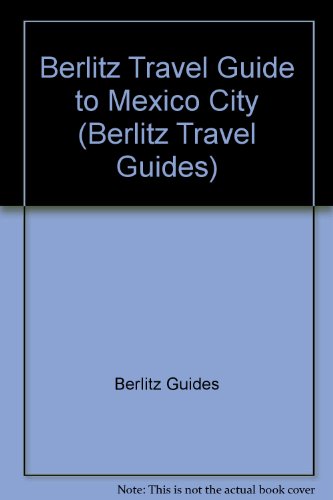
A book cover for Mexico City: 1989/1990 (Berlitz Pocket Guides); Travel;